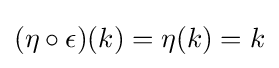
(\eta \circ \epsilon )(k)=\eta (k)=k